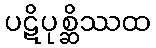
ပဋိပုစ္ဆိဿထ